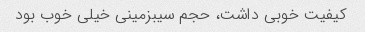
کیفیت خوبی داشت، حجم سیبزمینی خیلی خوب بود